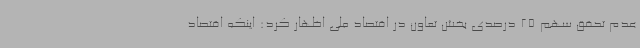
عدم تحقق سهم 25 درصدی بخش تعاون در اقتصاد ملی اظهار کرد: اینکه اقتصاد